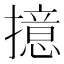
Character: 𢶶